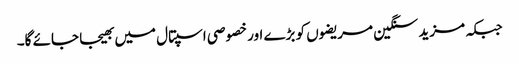
جبکہ مزید سنگین مریضوں کو بڑے اور خصوصی اسپتال میں بھیجا جائے گا۔